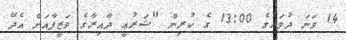
14 ވަނަ ދުވަހުގެ 13:00 ގެ ކުރިން "ޝަރުޢީ ދާއިރާގެ ވަޒީފާއަށް އެދޭ